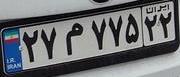
۲۷م۷۷۵۲۲